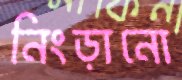
নিংড়ানো